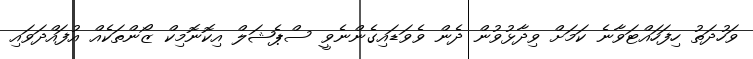
ވަހުދަތު ހިފަހައްޓަވާނެ ކަމަށް ވިދާޅުވުން ދެން ވެވަޑައިގެންނެވީ ސްޕެޝަލް އިކޮނޮމިކް ޒޯންތަކެއް އުފައްދަވައި